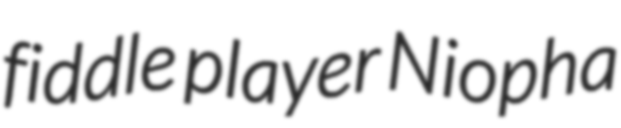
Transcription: fiddle player Niopha